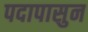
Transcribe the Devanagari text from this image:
पदापासुन